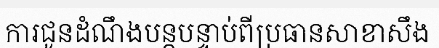
ការជូនដំណឹងបន្តបន្ទាប់ពីប្រធានសាខាសឹង